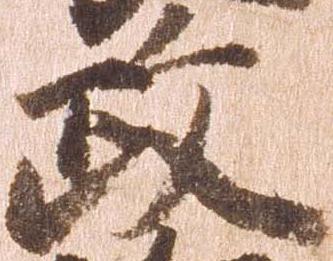
政